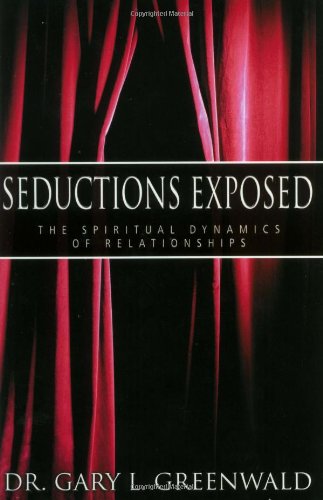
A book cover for Seductions Exposed; Gary Greenwald; Religion & Spirituality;